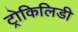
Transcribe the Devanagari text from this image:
ट्रोकिलिडी